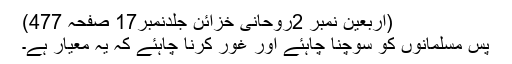
(اربعین نمبر 2روحانی خزائن جلدنمبر17 صفحہ 477)
پس مسلمانوں کو سوچنا چاہئے اور غور کرنا چاہئے کہ یہ معیار ہے۔